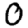
Digit: 0